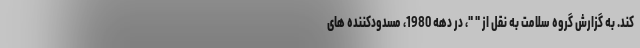
کند. به گزارش گروه سلامت به نقل از " "، در دهه 1980، مسدودکننده های